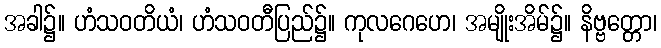
အခါ၌။ ဟံသဝတိယံ၊ ဟံသဝတီပြည်၌။ ကုလဂေဟေ၊ အမျိုးအိမ်၌။ နိဗ္ဗတ္တော၊